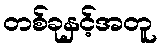
တစ်ခုနှင့်အတူ